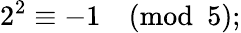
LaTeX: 2^{2}\equiv-1{\pmod{5}};